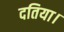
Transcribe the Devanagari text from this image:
दतिया।